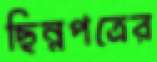
ছিন্নপত্রের